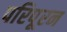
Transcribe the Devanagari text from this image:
परिपूरन